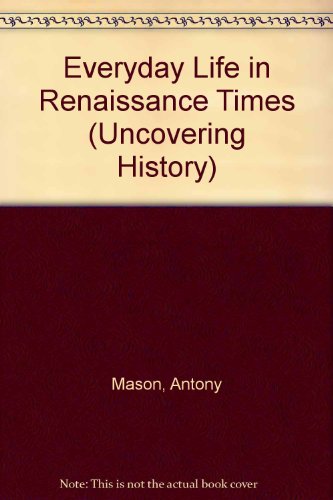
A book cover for Everyday Life in Renaissance Times (Uncovering History); Antony Mason; Children's Books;